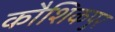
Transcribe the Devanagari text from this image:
कौशिकपुर